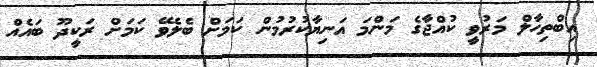
އިބްތިހާލް މަރުވީ ކުއްޖާގެ މަންމަ އަނިޔާކުރުމުން ކަމަށް ބެލެވޭ ކަމަށް ރަކީދޫ ބައެއް